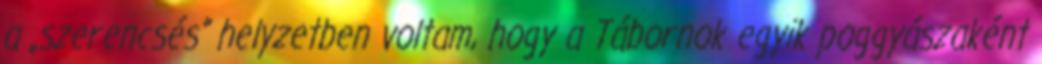
a „szerencsés” helyzetben voltam, hogy a Tábornok egyik poggyászaként